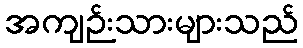
အကျဉ်းသားများသည်